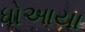
ધોઆયા